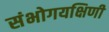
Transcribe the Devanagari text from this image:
संभोगयक्षिणी